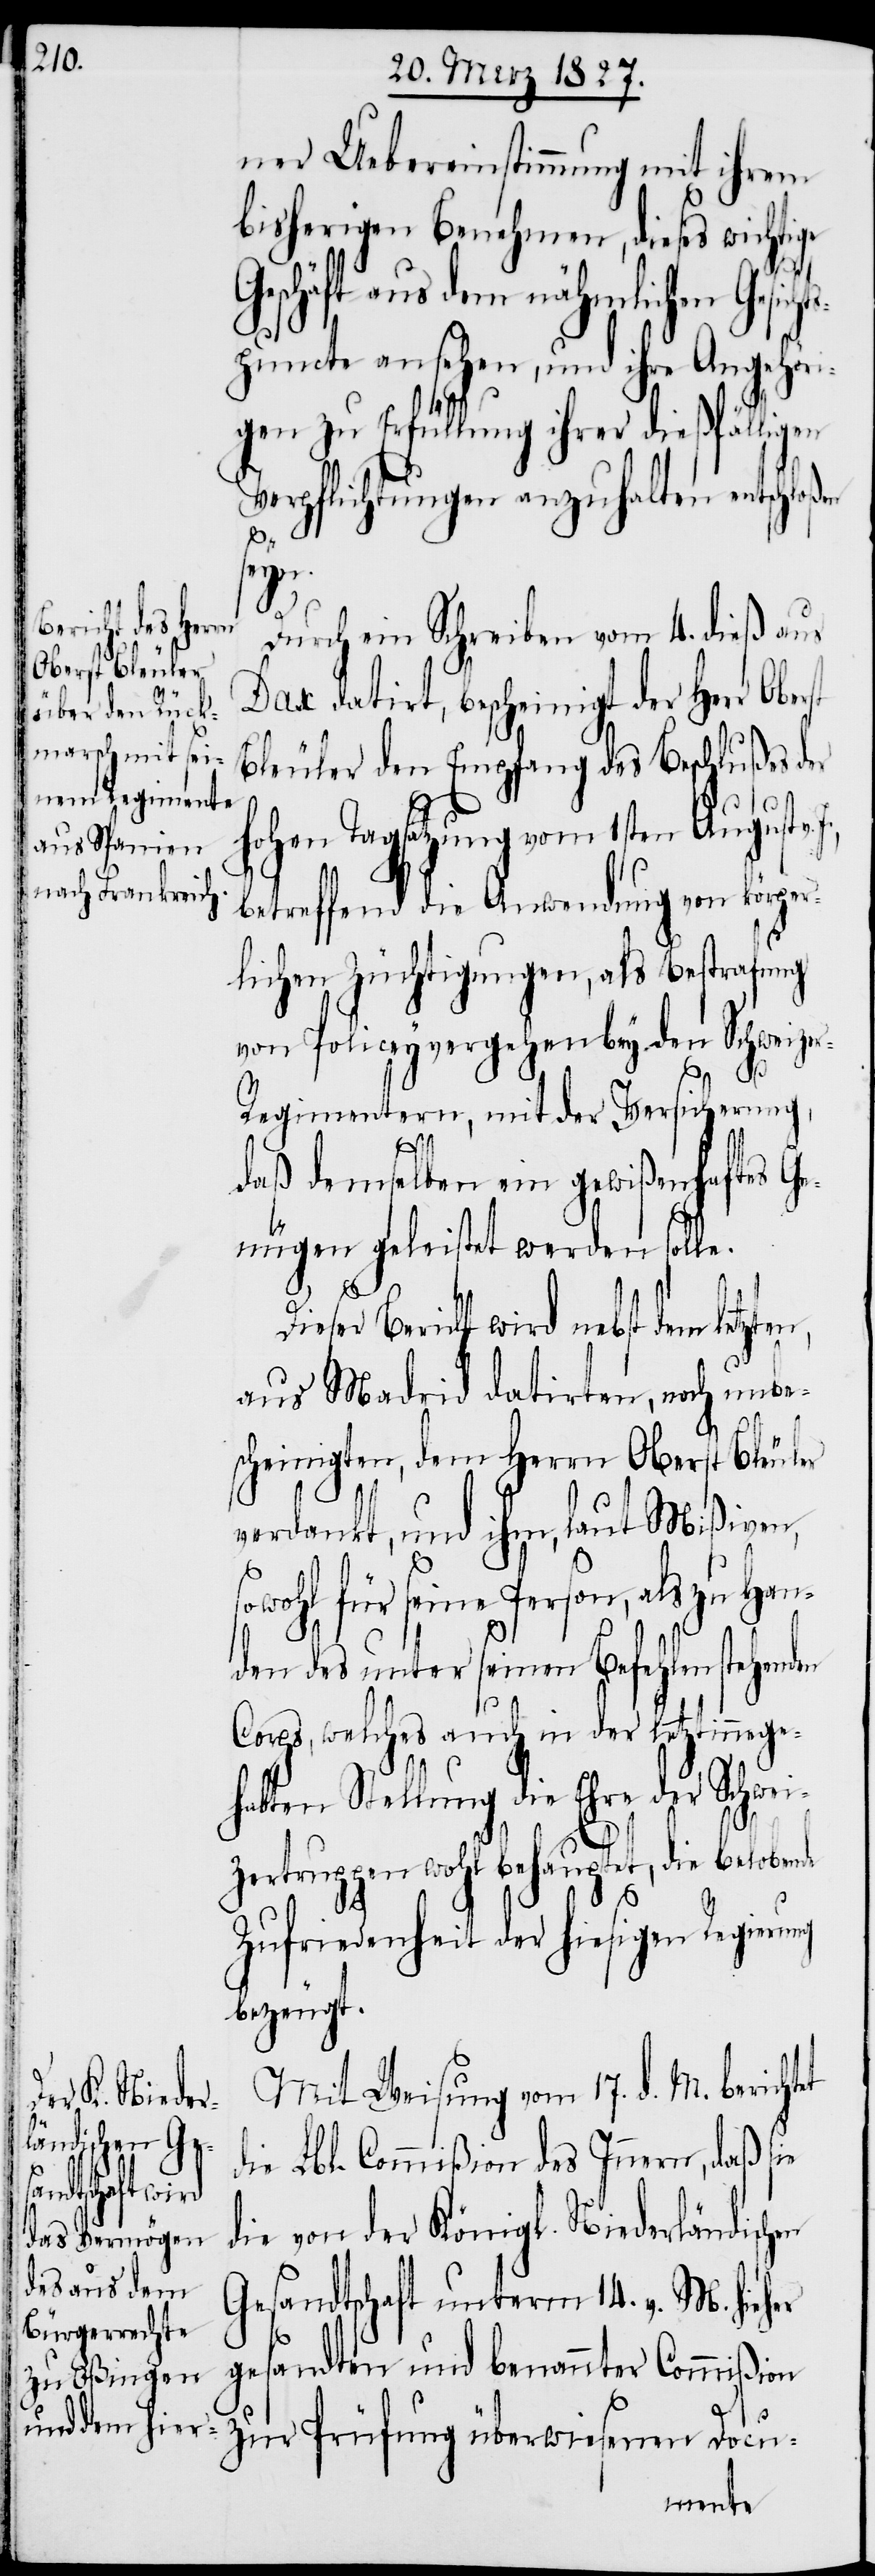
D¬
ner Uebereinstimmung mit ihrem
bisherigen Benehmen, dieses wichtige
Geschäft aus dem nähmlichen Gesic¬
puncte ansehen, und ihre Angehöri¬
gen zu Erfüllung ihrer dießfälligen
Verpflichtungen anzuhalten entschloßen
et
ung
Durch ein Schreiben vom 4. dieß aus
Dax datirt, bescheinigt der Herr Oberst
Bleuler den Empfang des Beschlußes der
hen Tagsatzung vom 1sten August
betreffend die Anwendung von körper¬
lichen Züchtigungen, als Bestrafung
von Policeyvergehen bey den Schweize¬
r-Regimentern, mit der Versicherung,
Prüfung
daß demselben ein gewißenhaften Ge¬
nügen geleistet werden solle.
ieser Bericht wird nebst dem
aus Madrid datirten, noch unbe¬
scheinigten, dem Herrn Oberst Bleuler
verdankt, und ihm laut Mißiven,
sowohl für seine Person, als zu Han¬
den des unter seinen Befehlen stehenden
Corps, welches auch in der letztinnege¬
habten Stellung die Ehre der Schwei¬
zertruppen wohl behauptet, die belobende
Zufriedenheit der hiesigen Regier¬
bezeugt.
Mit Weisung vom 17. d. M. bericht¬
die Lbl. Commißion des Innern, daß sie
die von der Königl. Niederländischen
Gesandtschaft unterm 14. v. M. hie¬
her gesandten und benannter Commißion
zur